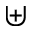
\uplus